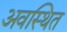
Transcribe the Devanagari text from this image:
अवस्‍थित